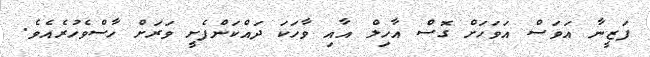
ފަޒީނާ އަވަސް އަވަހަށް ގޮސް އާހިލް އާއި ވާހަކަ ދައްކަންފެށީ ވަރަށް ހާސްވެހުރެއެވެ.